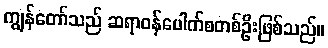
ကျွန်တော်သည် ဆရာဝန်ပေါက်စတစ်ဦးဖြစ်သည်။